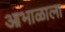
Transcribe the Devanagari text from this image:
आभाळाला